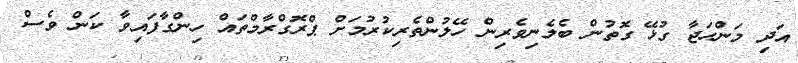
އަދި މަންހަޖާ ގުޅޭ ގޮތުން ބެލެނިވެރިން ހޭލުންތެރިކުރުމަށް ޕްރޮގްރާމްތައް ހިންގާފައިވާ ކަން ވެސް